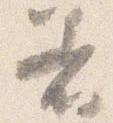
着